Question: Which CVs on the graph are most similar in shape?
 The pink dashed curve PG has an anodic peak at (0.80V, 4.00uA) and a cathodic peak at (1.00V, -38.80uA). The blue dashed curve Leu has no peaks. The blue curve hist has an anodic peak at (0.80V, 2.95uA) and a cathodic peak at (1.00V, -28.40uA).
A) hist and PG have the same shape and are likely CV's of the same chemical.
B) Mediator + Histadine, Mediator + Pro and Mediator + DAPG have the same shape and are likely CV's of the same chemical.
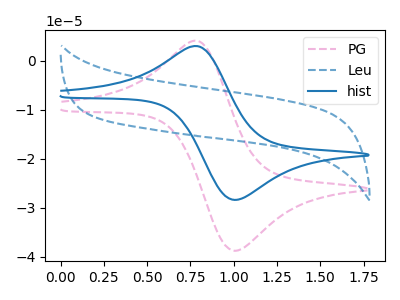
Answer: <think>"PG" and "Leu" have a different number of peaks. All the peaks in "PG" have a peak in "hist" at the same potential. Every peak in "PG" is higher than every peak in "hist". "Leu" and "hist" have a different number of peaks.
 </think>
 <answer>A) "hist" and "PG" have the same shape and are likely CV's of the same chemical.</answer>
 <eval>A</eval>